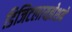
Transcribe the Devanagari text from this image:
डिजिटलायझेशने